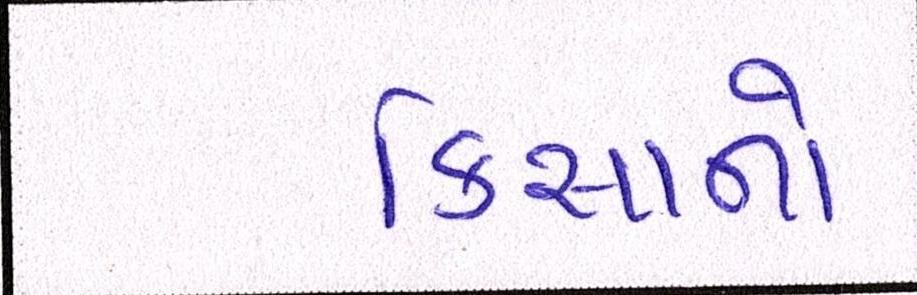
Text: કિસાનો